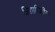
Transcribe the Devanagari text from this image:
विद्याविहीनः